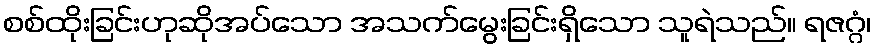
စစ်ထိုးခြင်းဟုဆိုအပ်သော အသက်မွေးခြင်းရှိသော သူရဲသည်။ ရဇဂ္ဂံ၊